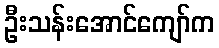
ဦးသန်းအောင်ကျော်က